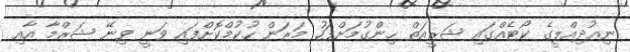
ނިއުދިއްލީގެ ކޯޓެއްގައި ޝަރީއަތް ހިންގުމަށްފަހު މަރަން ހުކުމްކޮށްފައި ވަނީ ވިނޭ ޝަރްމާ އާއި